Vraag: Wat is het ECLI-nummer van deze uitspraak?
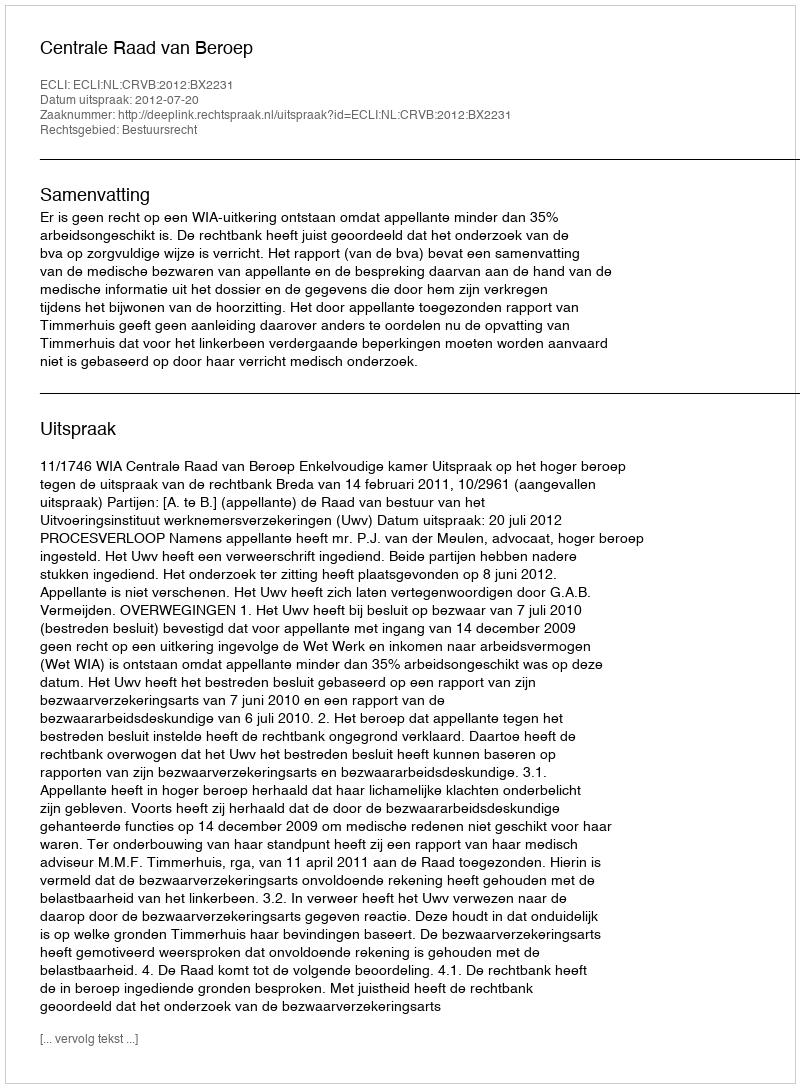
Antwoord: ECLI:NL:CRVB:2012:BX2231